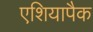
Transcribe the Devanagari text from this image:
एशियापैक